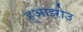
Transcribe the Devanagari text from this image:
हुआइरोउ